Scottish Leaving Certificate Examination, 1961
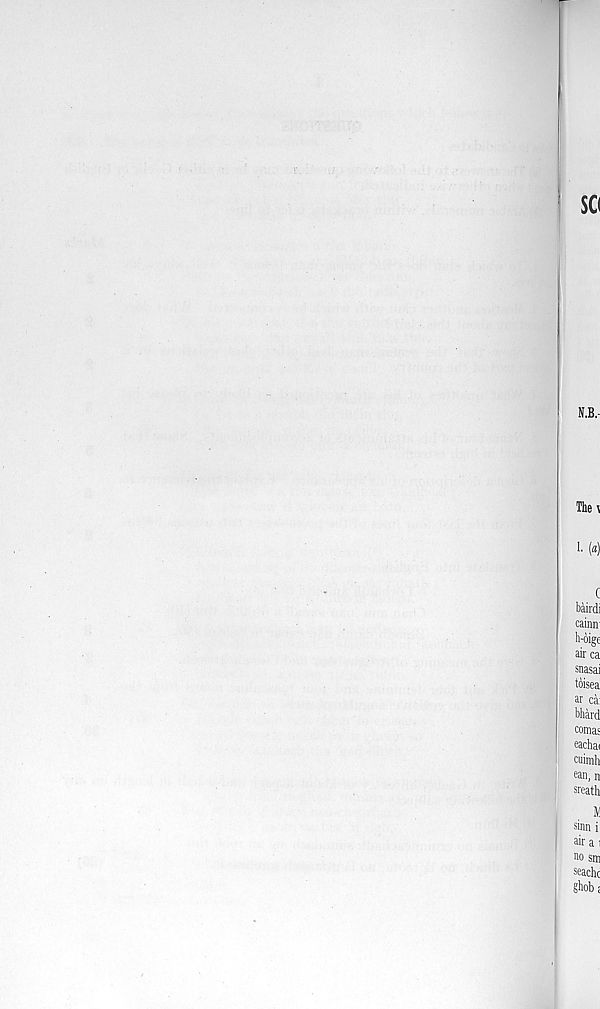
SCI
N.B.-
The \
1. («)
bairdi
cainir
h-bige
airca
snasai
tbisea
ar ca:
bhard
coma'
eachai
cuimh
can, n
sreath
«
sinn i
air a i
no sm
seachc
ghob;